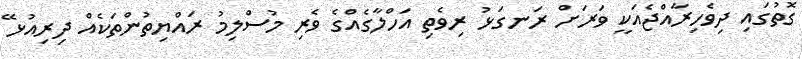
ގޮތުގައި ދިވެހިރާއްޖެއަކީ ވަރަށް ރަނގަޅު ރިވެތި އަހްލާގެއްގެ ވެރި މުސްލިމު ރައްޔިތުންތަކެއް ދިރިއުޅޭ